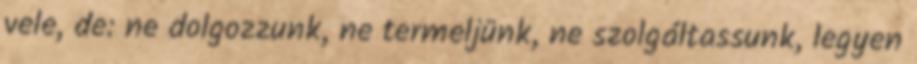
vele, de: ne dolgozzunk, ne termeljünk, ne szolgáltassunk, legyen